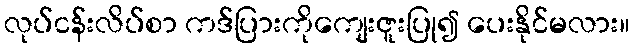
လုပ်ငန်းလိပ်စာ ကဒ်ပြားကိုကျေးဇူးပြု၍ ပေးနိုင်မလား။